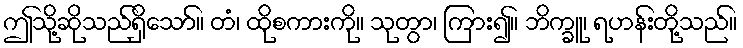
ဤသို့ဆိုသည်ရှိသော်။ တံ၊ ထိုစကားကို။ သုတွာ၊ ကြား၍။ ဘိက္ခူ၊ ရဟန်းတို့သည်။